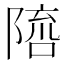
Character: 𨻓